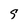
Character: 9